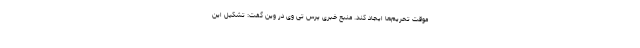
موقت تحریم‌ها ایجاد کند. منبع خبری پرس تی وی در وین گفت: تشکیل این